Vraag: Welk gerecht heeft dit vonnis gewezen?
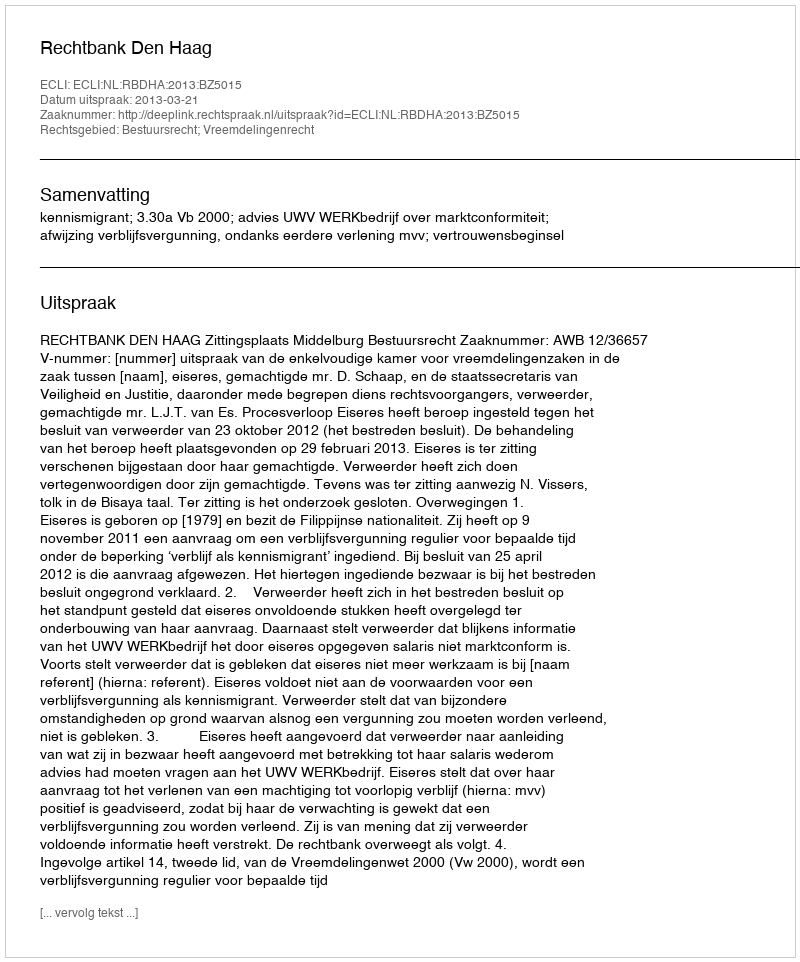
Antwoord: Rechtbank Den Haag